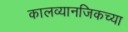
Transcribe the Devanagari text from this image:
कालव्यानजिकच्या